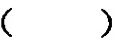
( )